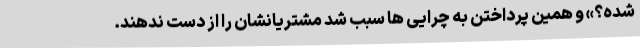
شده؟» و همین پرداختن به چرایی ها سبب شد مشتریانشان را از دست ندهند.